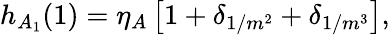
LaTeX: h_{A_{1}}(1)=\eta_{A}\left[1+\delta_{1/m^{2}}+\delta_{1/m^{3}}\right],